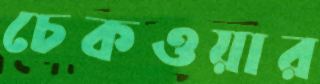
চেকওয়ার